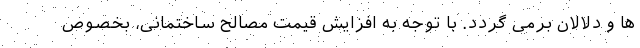
ها و دلالان برمی گردد. با توجه به افزایش قیمت مصالح ساختمانی، بخصوص